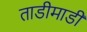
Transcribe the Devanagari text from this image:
ताडीमाडी